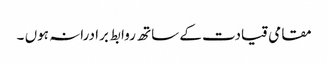
مقامی قیادت کے ساتھ روابط برادرانہ ہوں ۔